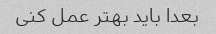
بعدا باید بهتر عمل کنی